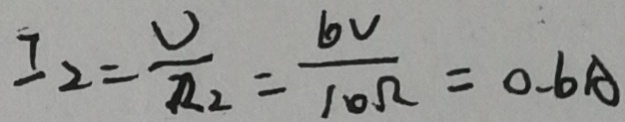
I _ { 2 } = \frac { U } { R _ { 2 } } = \frac { 6 v } { 1 0 \Omega } = 0 . 6 A